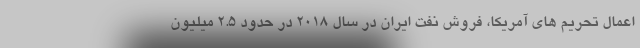
اعمال تحریم های آمریکا، فروش نفت ایران در سال ۲۰۱۸ در حدود ۲.۵ میلیون